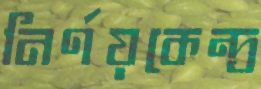
নির্ণয়কেন্দ্র